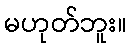
မဟုတ်ဘူး။